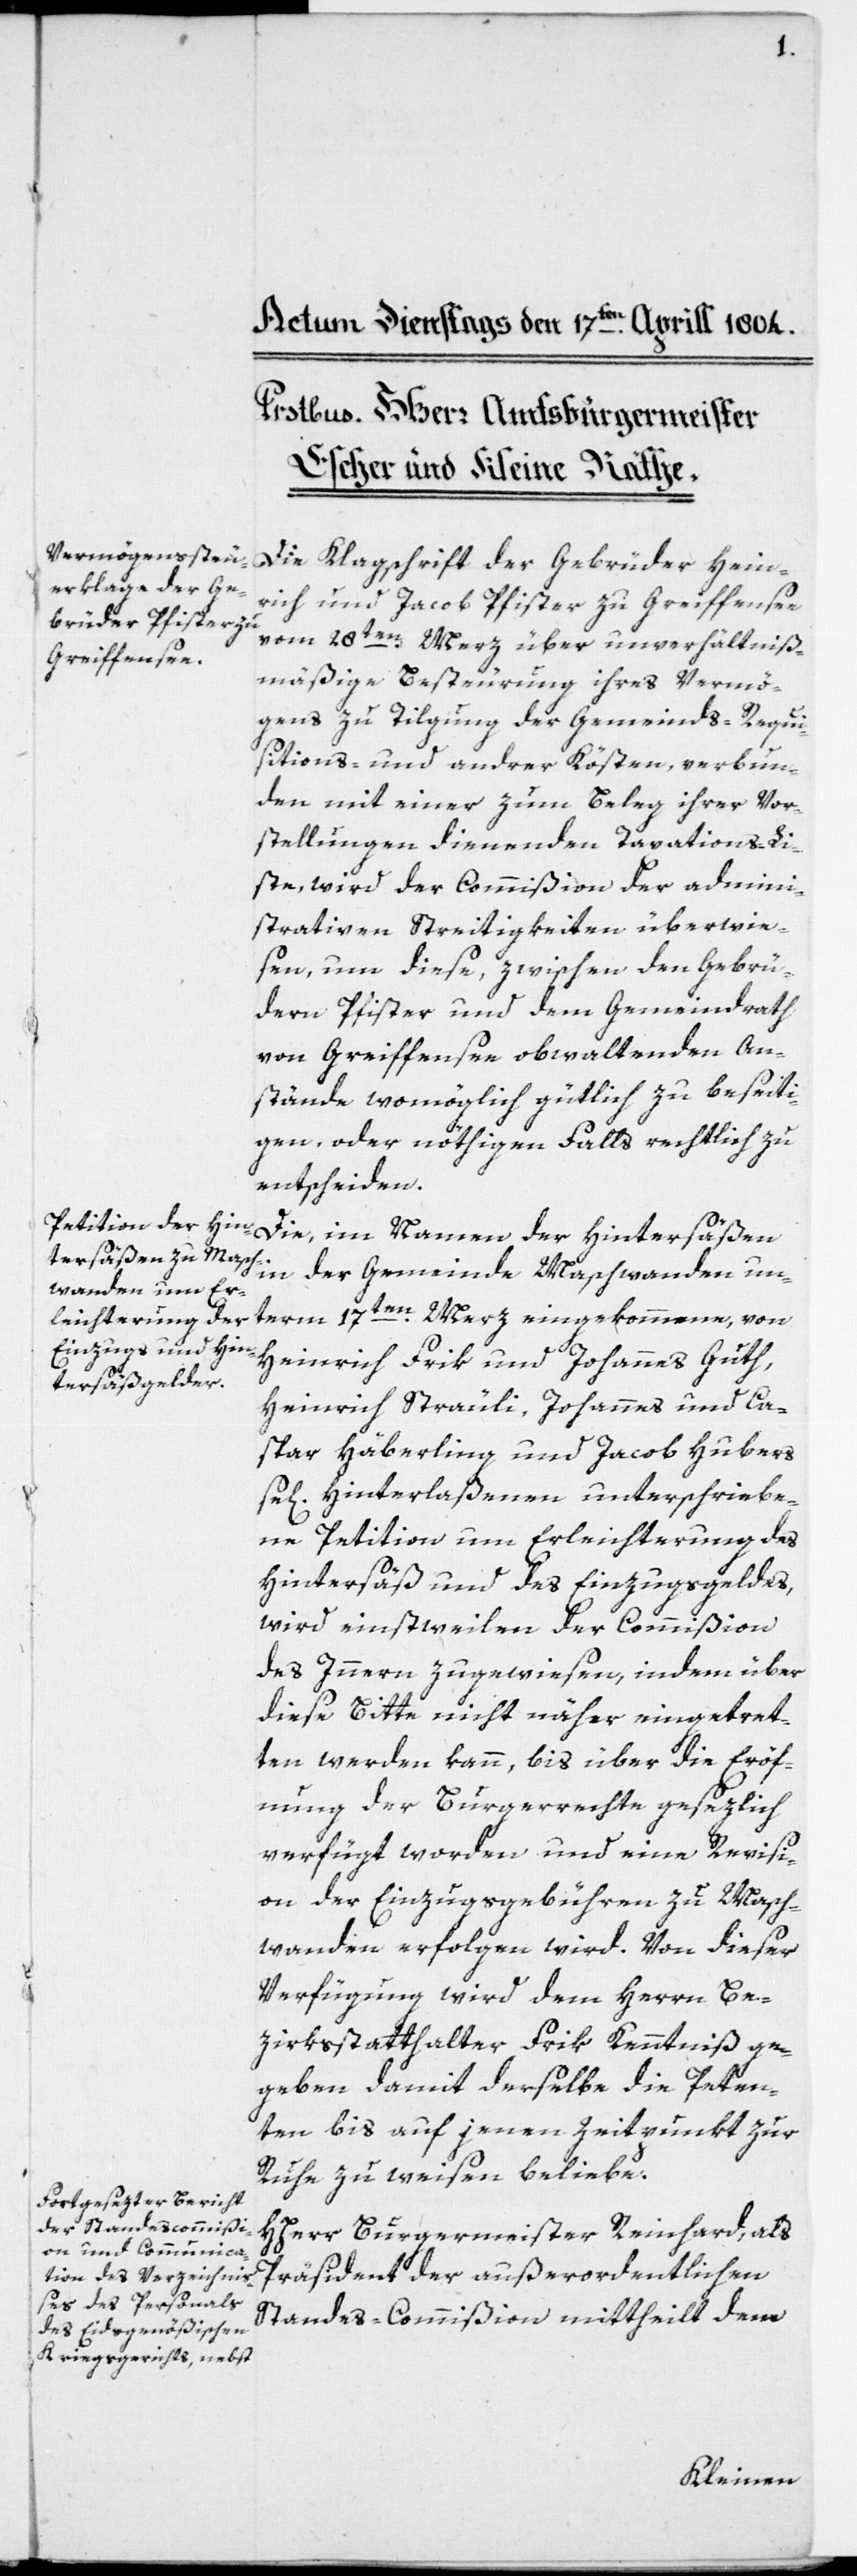
Die Klagschrift der Gebrüder Hein¬
rich und Jacob Pfister zu Greiffensee
vom 28ten Merz über unverhältnis¬
mäßige Besteurung ihres Vermö¬
gens zu Tilgung der Gemeinds-Requi¬
sitions- und andrer Kösten, verbun¬
den mit einer zum Beleg ihrer Vor¬
stellungen dienenden Taxations-Li¬
ste, wird der Commißion der admini¬
strativen Streitigkeiten überwie¬
sen, um diese, zwischen den Gebrü¬
dern Pfister und dem Gemeindrath
von Greiffensee obwaltenden An¬
stände womöglich gütlich zu beseiti¬
gen, oder nöthigen Falls rechtlich zu
entscheiden.
Die, im Namen der Hintersäßen
in der Gemeinde Maschwanden un¬
term 17ten Merz eingekommene, von
Heinrich Frik und Johannes Guth,
Heinrich Sträuli, Johannes und Ca¬
spar Häberling und Jacob Hubers
se[ligen] Hinterlaßenen unterschriebe¬
ne Petition um Erleichterung des
Hintersäß[-] und des Einzugsgeldes,
wird einstweilen der Commißion
des Innern zugewiesen, indem über
diese Bitte nicht näher eingetret¬
ten werden kann, bis über die Eröff¬
nung der Burgerrechte gesezlich
verfügt worden, und eine Revisi¬
on der Einzugsgebühren zu Masch¬
wanden erfolgen wird. Von dieser
Verfügung wird dem Herrn Be¬
zirkstatthalter Frik Kenntniß ge¬
geben, damit derselbe die Peten¬
ten bis auf jenen Zeitpunkt zur
Ruhe zu weisen beliebe.
HHerr Burgermeister Reinhard, als
Präsident der außerordentlichen
Standes-Commißion mittheilt dem